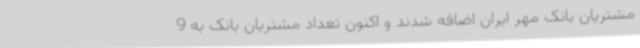
مشتریان بانک مهر ایران اضافه شدند و اکنون تعداد مشتریان بانک به 9